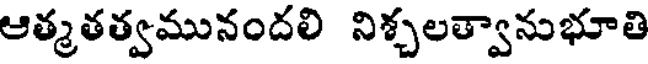
ఆత్మతత్వమునందలి నిశ్చలత్వానుభూతి